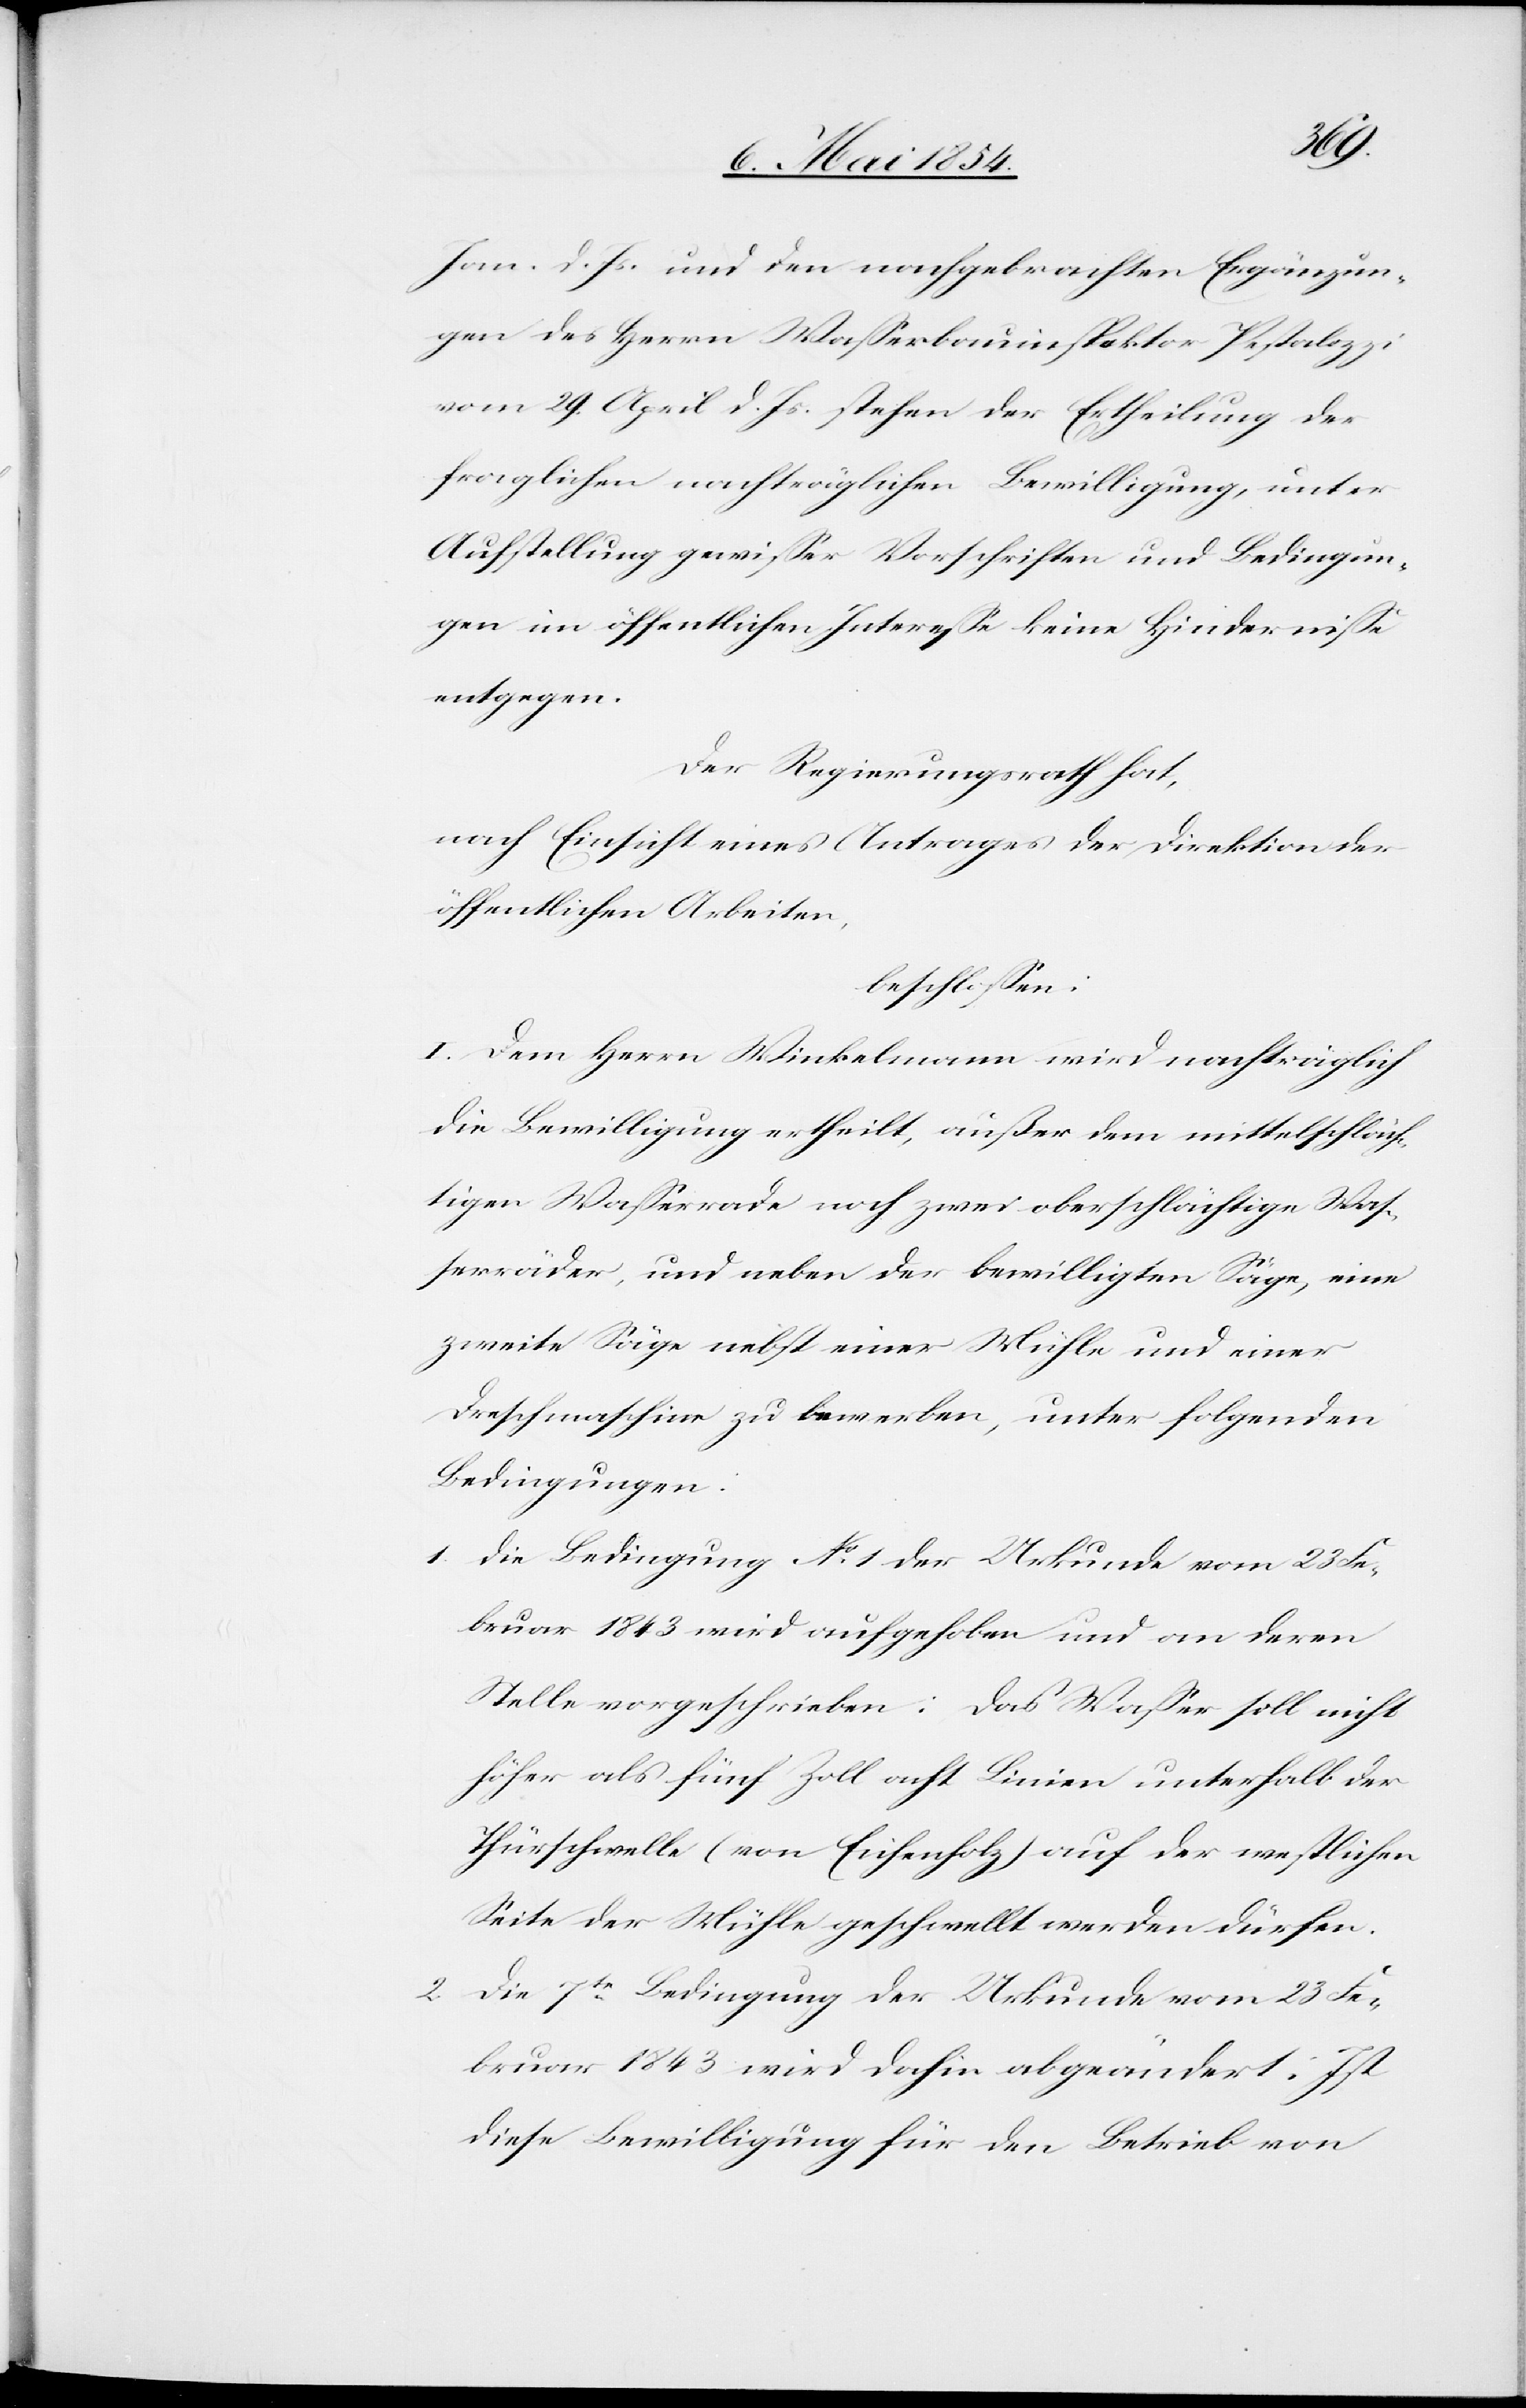
Jan. d. Js. und den nachgebrachten Ergänzun¬
gen des Herrn Waßerbauinspektor Pestalozzi
vom 29. April d. Js. stehen der Ertheilung der
fraglichen nachträglichen Bewilligung, unter
Aufstellung gewißer Vorschriften und Bedingun¬
gen im öffentlichen Intereße keine Hinderniße
entgegen.
Der Regierungsrath hat,
nach Einsicht eines Antrages der Direktion der
öffentlichen Arbeiten,
beschloßen:
I. Dem Herrn Winkelmann wird nachträglich
die Bewilligung ertheilt, außer dem mittelschläch¬
tigen Waßerrade noch zwei oberschlächtige Waß¬
erräder, und neben der bewilligten Säge, eine
zweite Säge nebst einer Mühle und einer
Dreschmaschine zu bewerben, unter folgenden
Bedingungen:
1. Die Bedingung No 1 der Urkunde vom 23 Fe¬
bruar 1843 wird aufgehoben und an deren
Stelle vorgeschrieben: Das Waßer soll nicht
höher als fünf Zoll acht Linien unterhalb der
Thürschwelle (von Eichenholz) auf der westlichen
Seite der Mühle geschwellt werden dürfen.
2. Die 7te Bedingung der Urkunde vom 23 Fe¬
bruar 1843 wird dahin abgeändert: Ist
diese Bewilligung für den Betrieb von